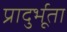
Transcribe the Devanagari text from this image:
प्रादुर्भूता